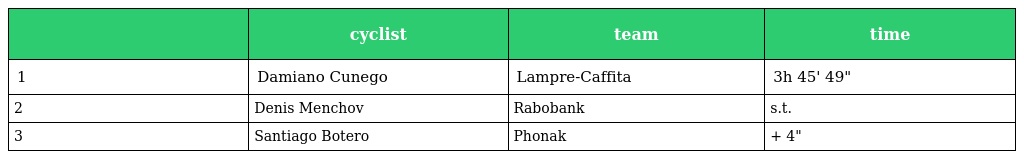
|  | cyclist | team | time |
 | --- | --- | --- | --- |
 | 1 | Damiano Cunego | Lampre-Caffita | 3h 45' 49" |
 | 2 | Denis Menchov | Rabobank | s.t. |
 | 3 | Santiago Botero | Phonak | + 4" |